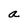
Character: a